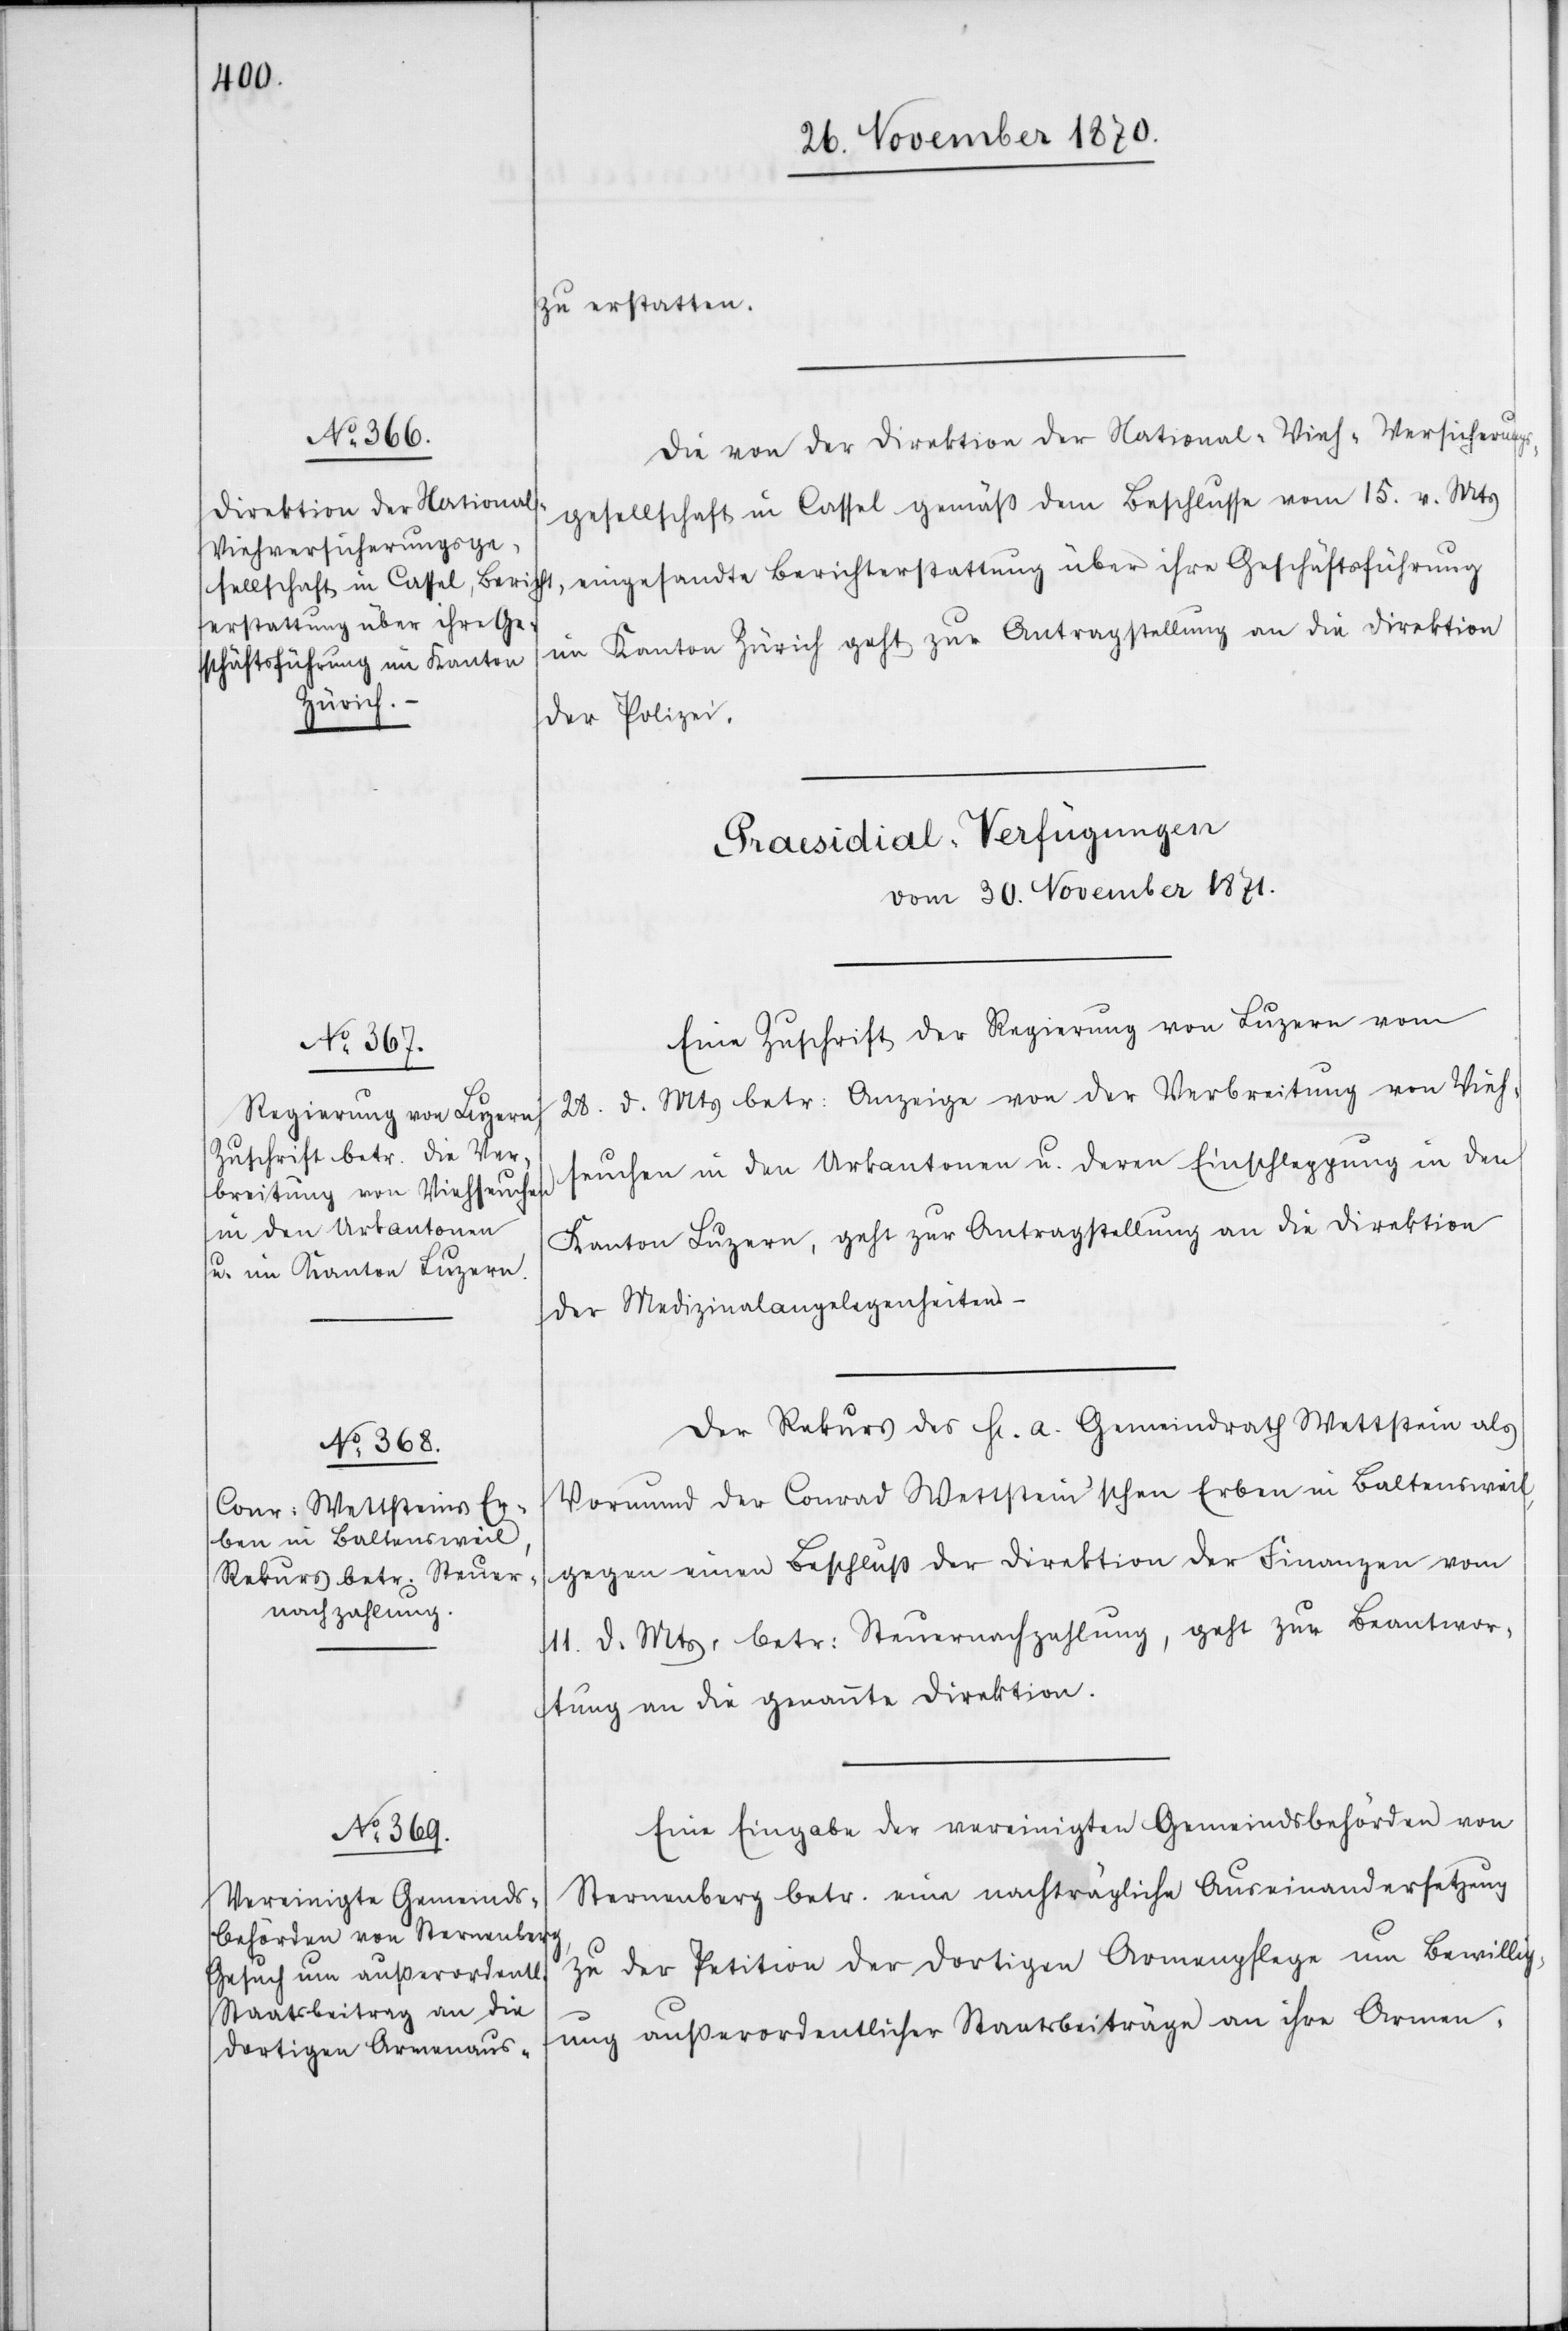
zu erstatten.
Die von der Direktion der National-Vieh-Versicherungs¬
gesellschaft in Cassel gemäß dem Beschlusse vom 15. v. Mts
eingesandte Berichterstattung über ihre Geschäftsführung
im Kanton Zürich geht zur Antragstellung an die Direktion
der Polizei.
[Praesidial-Verfügungen
vom 30. November 1870.]
Eine Zuschrift der Regierung von Luzern vom
28. d. Mts betr: Anzeige von der Verbreitung von Vieh¬
seuchen in den Urkantonen u. deren Einschleppung in den
Kanton Luzern, geht zur Antragstellung an die Direktion
der Medizinalangelegenheiten.
Der Rekurs des H[errn] a. Gemeindrath Wettstein als
Vormund der Conrad Wettstein’schen Erben in Baltensweil,
gegen einen Beschluß der Direktion der Finanzen vom
11. d. Mts. betr: Steuernachzahlung, geht zur Beantwor¬
tung an die genannte Direktion.
Eine Eingabe der vereinigten Gemeindsbehörden von
Sternenberg betr. eine nachträgliche Auseindandersetzung
zu der Petition der dortigen Armenpflege um Bewillig¬
ung außerordentlicher Staatsbeiträge an ihre Armen-